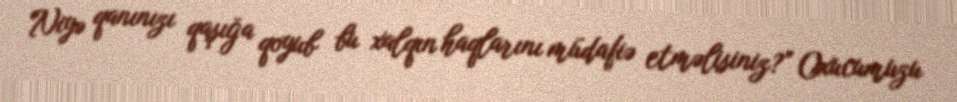
Niyə qanınızı qaşığa qoyub bu xalqın haqlarını müdafiə etməlisiniz?” Oxucumuzu